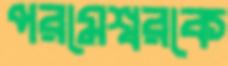
পরমেশ্বরকে